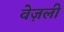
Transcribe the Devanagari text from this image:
वेज़ली